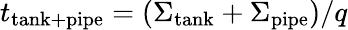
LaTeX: t_{\mathrm{tank+pipe}}=(\Sigma_{\mathrm{tank}}+\Sigma_{\mathrm{pipe}})/q